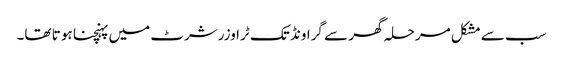
سب سے مشکل مرحلہ گھر سے گراونڈ تک ٹراوزر شرٹ میں پہنچنا ہو تا تھا۔